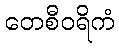
တေစီဝရိကံ